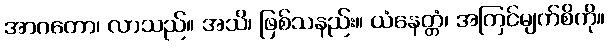
အာဂတော၊ လာသည်။ အသိ၊ ဖြစ်သနည်း။ ယံနေတ္တံ၊ အကြင်မျက်စိကို။